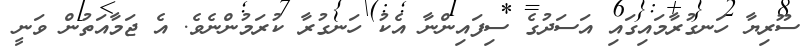
ސޫރިޔާ ހަނގުރާމައިގައި އަސަދުގެ ސިފައިންނާ އެކު ހަނގުރާ ކުރަމުންނެވެ. އެ ޖަމާއަތުން ވަނީ